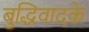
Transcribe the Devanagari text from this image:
बुद्धिवादके